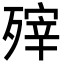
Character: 㱰